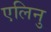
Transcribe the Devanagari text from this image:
एलिनु